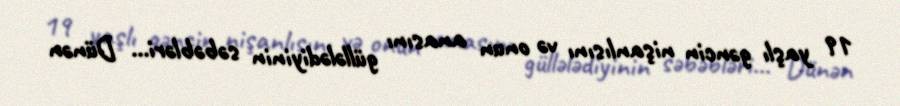
19 yaşlı gəncin nişanlısını və onun anasını güllələdiyinin səbəbləri... Dünən